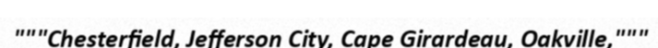
"""Chesterfield, Jefferson City, Cape Girardeau, Oakville,"""